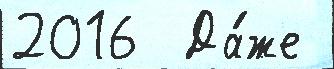
2016  Да́же